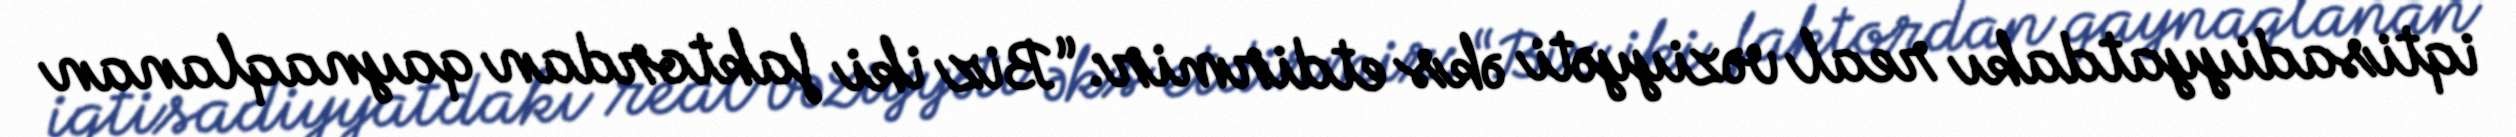
iqtisadiyyatdakı real vəziyyəti əks etdirmir: “Biz iki faktordan qaynaqlanan